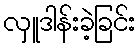
လှူဒါန်းခဲ့ခြင်း